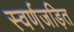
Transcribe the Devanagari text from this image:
स्‍वर्णजड़ित